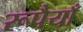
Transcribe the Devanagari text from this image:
रूपैयाँ